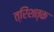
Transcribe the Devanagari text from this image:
त्रिंशत्क